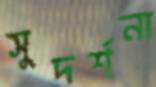
সুদর্শনা